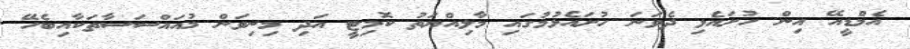
އެމްޑީއޭ އިން ހުށައެޅި ދެވަނަ ހުށައެޅުމުގައި މާލިއްޔަތު ކޮމިޓީ އަދި މިނިވަން މުއައްސަސާތަކާއިބެހޭ